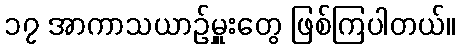
၁၇ အာကာသယာဉ်မှူးတွေ ဖြစ်ကြပါတယ်။